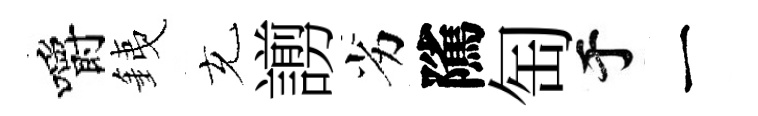
嚼銕充謭劣隲匋于一